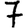
Digit: 7